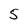
Character: 5